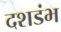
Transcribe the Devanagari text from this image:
दशडंभ